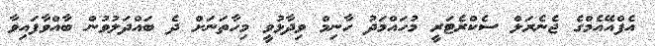
އެފްއޭއެމްގެ ޖެނެރަލް ސެކްރެޓަރީ މުހައްމަދު ހާނިމް ވިދާޅުވީ މިހާތަނަށް ދެ ބައްދަލުވުން ބާއްވާފައިވާ